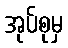
အုပ်စုမှ